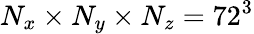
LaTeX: N_{x}\times N_{y}\times N_{z}=72^{3}